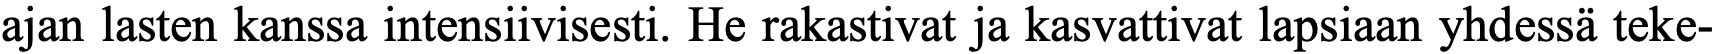
ajan lasten kanssa intensiivisesti. He rakastivat ja kasvattivat lapsiaan yhdessä teke-